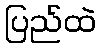
ပြည်ထဲ